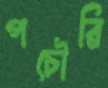
পচৌরি